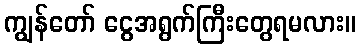
ကျွန်တော် ငွေအရွက်ကြီးတွေရမလား။